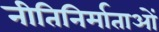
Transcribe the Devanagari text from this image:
नीतिनिर्माताओं